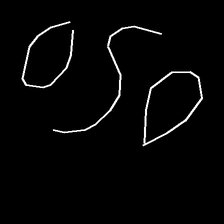
Glyph: water